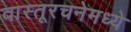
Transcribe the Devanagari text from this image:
वास्तूरचनेमध्ये